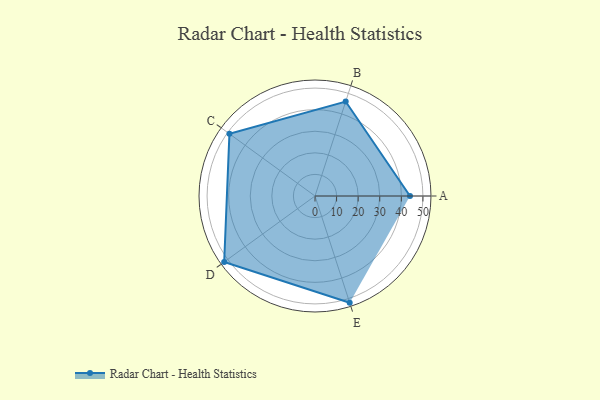
{"axis": {"x": "Skill", "y": "Score"}, "legend": ["Profile"], "data": [{"x": "A", "y": 44.0, "type": "Profile"}, {"x": "B", "y": 46.0, "type": "Profile"}, {"x": "C", "y": 49.0, "type": "Profile"}, {"x": "D", "y": 52.0, "type": "Profile"}, {"x": "E", "y": 52.0, "type": "Profile"}]}